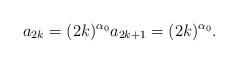
LaTeX: \begin{align*}a_{2k}= (2k)^{\alpha_{0}} a_{2k+1}= (2k)^{\alpha_{0}}.\end{align*}